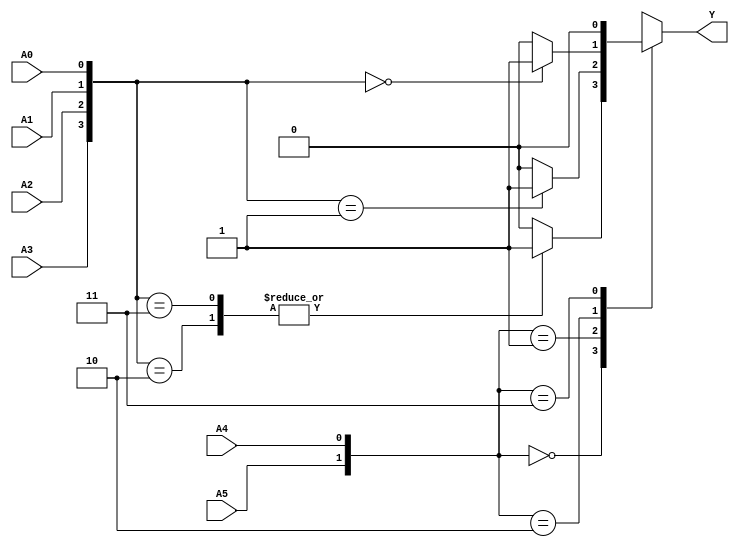
module kmap_6_variable (
    input wire A5,
    input wire A4,
    input wire A3,
    input wire A2,
    input wire A1,
    input wire A0,
    output reg Y
);

// Internal wire to derive the row and column indices in the K-map
wire [1:0] row;
wire [3:0] col;

// Deriving K-map row and column indices from inputs using Gray code
assign row = {A5, A4};          // For rows (2 bits)
assign col = {A3, A2, A1, A0};  // For columns (4 bits)

// K-map implementation
always @(*) begin
    case (row)
        2'b00: begin
            case (col)
                4'b0000: Y = 1'b0; // K-map cell (0, 0) = 0
                4'b0001: Y = 1'b0; // K-map cell (0, 1) = 0
                4'b0010: Y = 1'b1; // K-map cell (0, 2) = 1
                4'b0011: Y = 1'b1; // K-map cell (0, 3) = 1
                4'b0100: Y = 1'b0; // K-map cell (0, 4) = 0
                // Continue filling in the rest of the column values for row 0...
                default: Y = 1'b0;
            endcase
        end
        
        2'b01: begin
            case (col)
                4'b0000: Y = 1'b0; // K-map cell (1, 0) = 0
                4'b0001: Y = 1'b1; // K-map cell (1, 1) = 1
                // Continue filling in the rest of the column values for row 1...
                default: Y = 1'b0;
            endcase
        end
        
        2'b10: begin
            case (col)
                4'b0000: Y = 1'b1; // K-map cell (2, 0) = 1
                // Continue filling in the rest of the column values for row 2...
                default: Y = 1'b0;
            endcase
        end
        
        2'b11: begin
            case (col)
                4'b0000: Y = 1'b0; // K-map cell (3, 0) = 0
                // Continue filling in the rest of the column values for row 3...
                default: Y = 1'b0;
            endcase
        end
        
        default: Y = 1'b0;
    endcase
end

endmodule